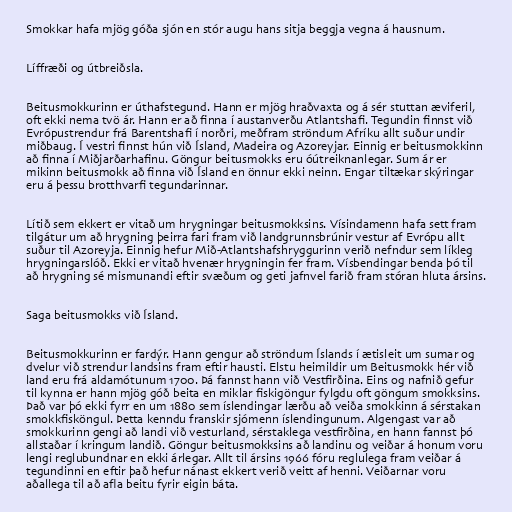
Smokkar hafa mjög góða sjón en stór augu hans sitja beggja vegna á hausnum.

Líffræði og útbreiðsla.

Beitusmokkurinn er úthafstegund. Hann er mjög hraðvaxta og á sér stuttan æviferil,
oft ekki nema tvö ár. Hann er að finna í austanverðu Atlantshafi. Tegundin finnst við
Evrópustrendur frá Barentshafi í norðri, meðfram ströndum Afríku allt suður undir
miðbaug. Í vestri finnst hún við Ísland, Madeira og Azoreyjar. Einnig er beitusmokkinn
að finna í Miðjarðarhafinu. Göngur beitusmokks eru óútreiknanlegar. Sum ár er
mikinn beitusmokk að finna við Ísland en önnur ekki neinn. Engar tiltækar skýringar
eru á þessu brotthvarfi tegundarinnar.

Lítið sem ekkert er vitað um hrygningar beitusmokksins. Vísindamenn hafa sett fram
tilgátur um að hrygning þeirra fari fram við landgrunnsbrúnir vestur af Evrópu allt
suður til Azoreyja. Einnig hefur Mið-Atlantshafshryggurinn verið nefndur sem líkleg
hrygningarslóð. Ekki er vitað hvenær hrygningin fer fram. Vísbendingar benda þó til
að hrygning sé mismunandi eftir svæðum og geti jafnvel farið fram stóran hluta ársins.

Saga beitusmokks við Ísland.

Beitusmokkurinn er fardýr. Hann gengur að ströndum Íslands í ætisleit um sumar og
dvelur við strendur landsins fram eftir hausti. Elstu heimildir um Beitusmokk hér við
land eru frá aldamótunum 1700. Þá fannst hann við Vestfirðina. Eins og nafnið gefur
til kynna er hann mjög góð beita en miklar fiskigöngur fylgdu oft göngum smokksins.
Það var þó ekki fyrr en um 1880 sem íslendingar lærðu að veiða smokkinn á sérstakan
smokkfisköngul. Þetta kenndu franskir sjómenn íslendingunum. Algengast var að
smokkurinn gengi að landi við vesturland, sérstaklega vestfirðina, en hann fannst þó
allstaðar í kringum landið. Göngur beitusmokksins að landinu og veiðar á honum voru
lengi reglubundnar en ekki árlegar. Allt til ársins 1966 fóru reglulega fram veiðar á
tegundinni en eftir það hefur nánast ekkert verið veitt af henni. Veiðarnar voru
aðallega til að afla beitu fyrir eigin báta.